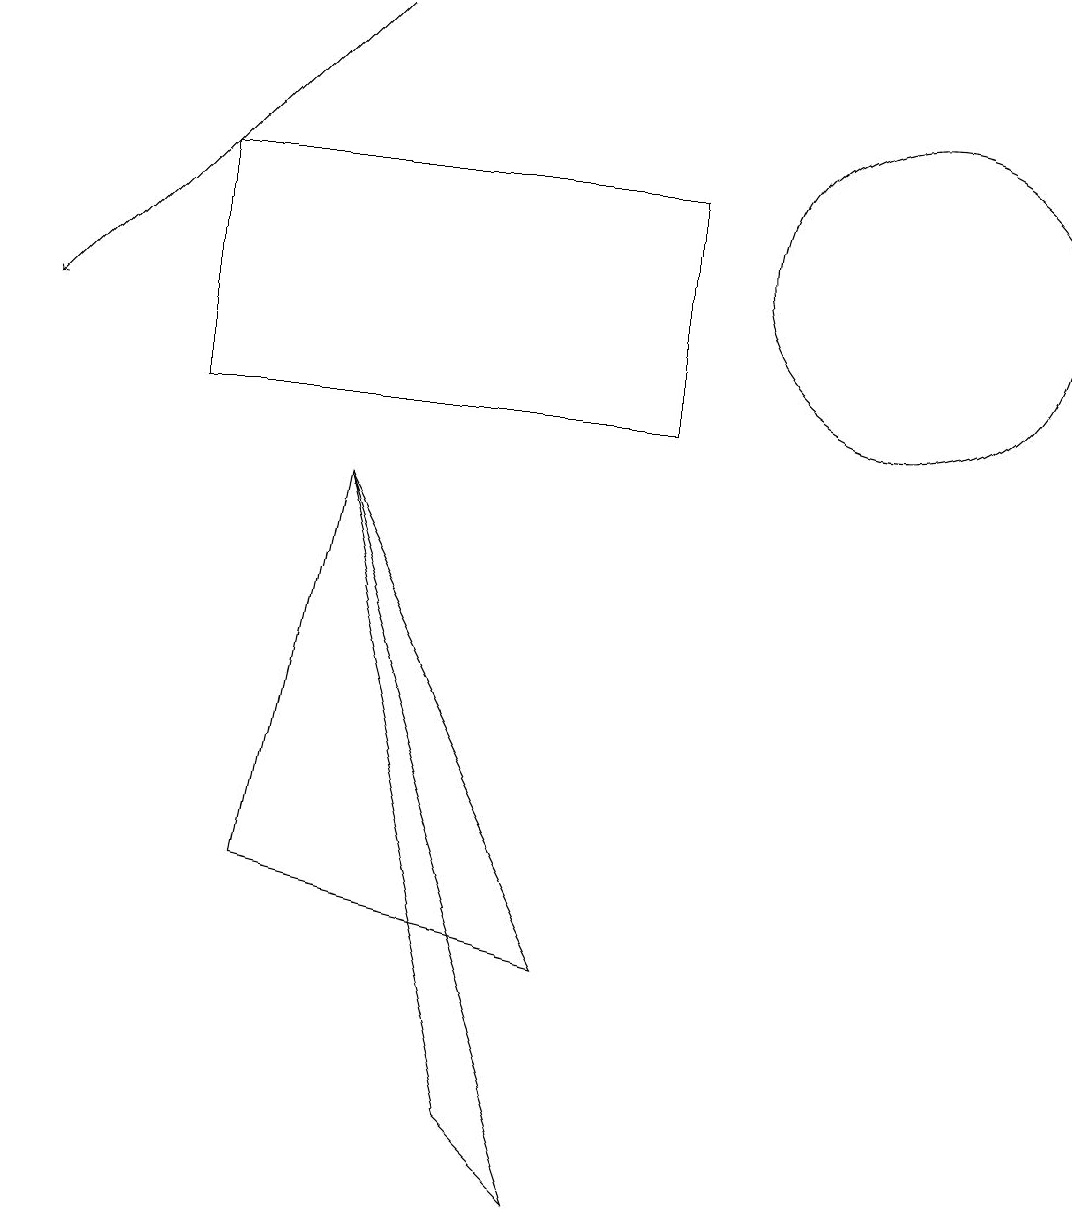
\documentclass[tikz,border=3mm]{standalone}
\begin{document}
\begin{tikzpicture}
\draw (11,11) circle (0);
\draw[->] (5,15) -- (1,11);
\draw (5,9) -- (4,4) -- (8,3) -- cycle;
\draw (5,9) -- (7,1) -- (8,0) -- cycle;
\draw (12,12) circle (2);
\draw (9,13) rectangle (3,10);
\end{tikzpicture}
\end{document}